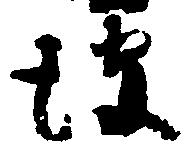
彼